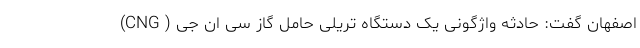
اصفهان گفت: حادثه واژگونی یک دستگاه تریلی حامل گاز سی ان جی ( CNG)